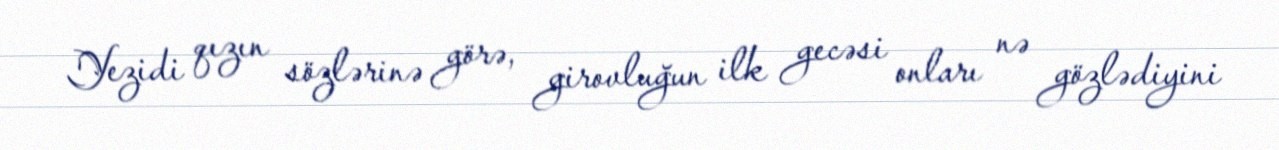
Yezidi qızın sözlərinə görə, girovluğun ilk gecəsi onları nə gözlədiyini